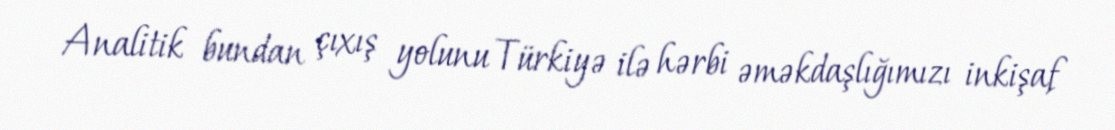
Analitik bundan çıxış yolunu Türkiyə ilə hərbi əməkdaşlığımızı inkişaf